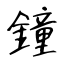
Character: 鐘